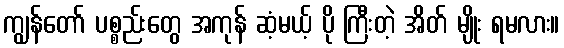
ကျွန်တော် ပစ္စည်းတွေ အကုန် ဆံ့မယ့် ပို ကြီးတဲ့ အိတ် မျိုး ရမလား။